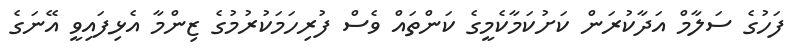
ފަހުގެ ސަލާމް އަދާކުރަން ކަށުކަމާކެމީގެ ކަންތައް ވެސް ފުރިހަމަކުރުމުގެ ޒިންމާ އެޅިފައިވީ އޭނަގެ